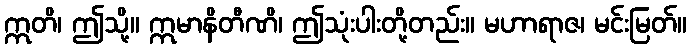
ဣတိ၊ ဤသို့။ ဣမာနိတီဏိ၊ ဤသုံးပါးတို့တည်း။ မဟာရာဇ၊ မင်းမြတ်။